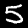
Digit: 5